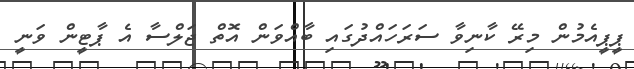
ޕީޕީއެމުން މިރޭ ކާނިވާ ސަރަހައްދުގައި ބާއްވަން އޮތް ޖަލްސާ އެ ޕާޓީން ވަނީ